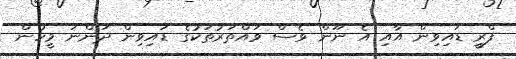
ފްރީ ޑައިވިން އާއި އެ ނޫން ވެސް ވައްތަރުތަކުގެ ޑައިވިން ދަންނަ މީހުން